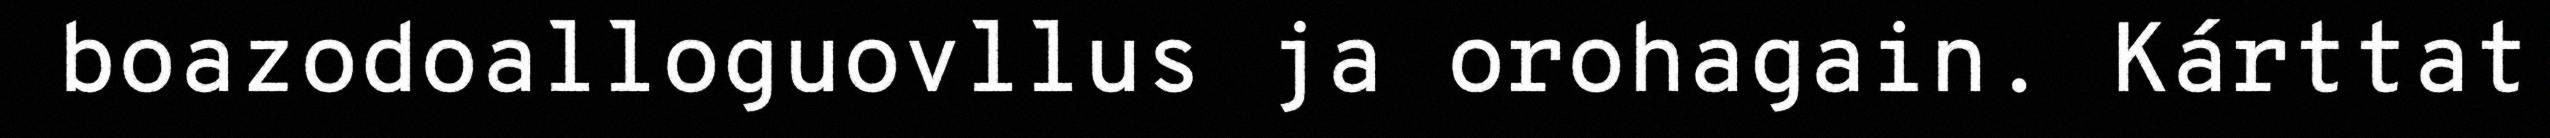
boazodoalloguovllus ja orohagain. Kárttat